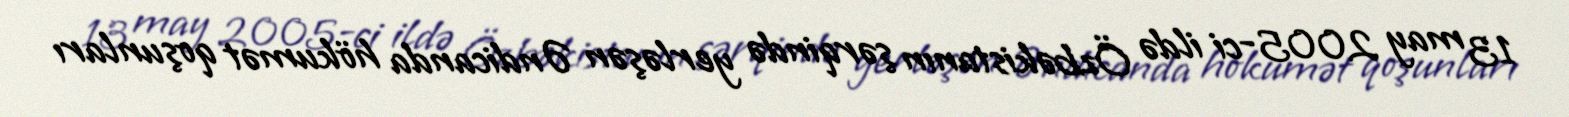
13 may 2005-ci ildə Özbəkistanın şərqində yerləşən Əndicanda hökumət qoşunları